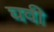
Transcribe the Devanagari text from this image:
घवी